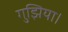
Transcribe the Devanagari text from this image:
गुझिया।